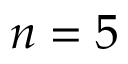
n = 5